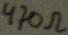
Text: 470Ω